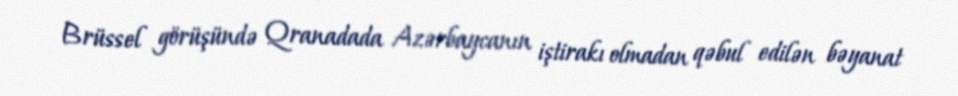
Brüssel görüşündə Qranadada Azərbaycanın iştirakı olmadan qəbul edilən bəyanat